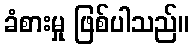
ခံစားမှု ဖြစ်ပါသည်။